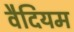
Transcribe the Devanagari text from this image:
वैदियम